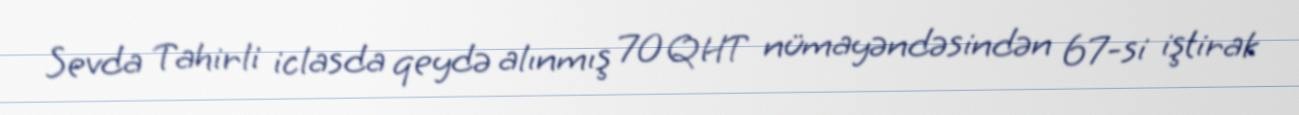
Sevda Tahirli iclasda qeydə alınmış 70 QHT nümayəndəsindən 67-si iştirak